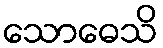
သောဓေသိ